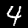
Label: 4